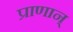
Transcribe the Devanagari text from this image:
प्राणान्